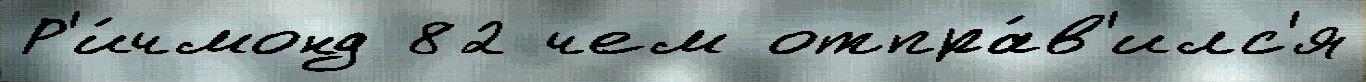
Р'и́чмонд 82 чем отпра́в'илс'я